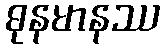
ဓုနမာနဿ